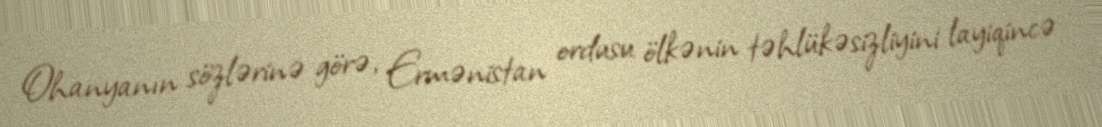
Ohanyanın sözlərinə görə, Ermənistan ordusu ölkənin təhlükəsizliyini layiqincə